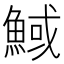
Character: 䱛